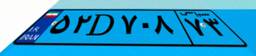
۵۸D۷۳۷۸۷